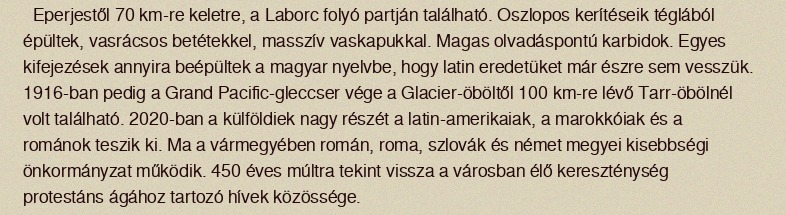
Eperjestől 70 km-re keletre, a Laborc folyó partján található. Oszlopos kerítéseik téglából épültek, vasrácsos betétekkel, masszív vaskapukkal. Magas olvadáspontú karbidok. Egyes kifejezések annyira beépültek a magyar nyelvbe, hogy latin eredetüket már észre sem vesszük. 1916-ban pedig a Grand Pacific-gleccser vége a Glacier-öböltől 100 km-re lévő Tarr-öbölnél volt található. 2020-ban a külföldiek nagy részét a latin-amerikaiak, a marokkóiak és a románok teszik ki. Ma a vármegyében román, roma, szlovák és német megyei kisebbségi önkormányzat működik. 450 éves múltra tekint vissza a városban élő kereszténység protestáns ágához tartozó hívek közössége.